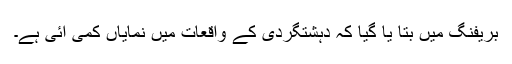
بریفنگ میں بتا یا گیا کہ دہشتگردی کے واقعات میں نمایاں کمی آئی ہے۔